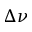
\Delta \nu